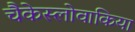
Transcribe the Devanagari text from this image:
चैकेस्लोवाकिया